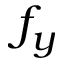
f _ { y }